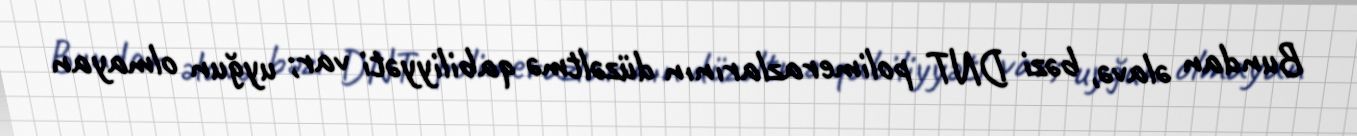
Bundan əlavə, bəzi DNT polimerazlarının düzəltmə qabiliyyəti var; uyğun olmayan